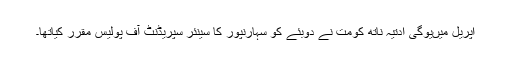
اپریل میںیوگی ادتیہ ناتھ کومت نے دوبئے کو سہارنپور کا سینئر سپریڈنٹ آف پولیس مقرر کیاتھا۔